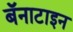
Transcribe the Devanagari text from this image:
बॅनाटाइन